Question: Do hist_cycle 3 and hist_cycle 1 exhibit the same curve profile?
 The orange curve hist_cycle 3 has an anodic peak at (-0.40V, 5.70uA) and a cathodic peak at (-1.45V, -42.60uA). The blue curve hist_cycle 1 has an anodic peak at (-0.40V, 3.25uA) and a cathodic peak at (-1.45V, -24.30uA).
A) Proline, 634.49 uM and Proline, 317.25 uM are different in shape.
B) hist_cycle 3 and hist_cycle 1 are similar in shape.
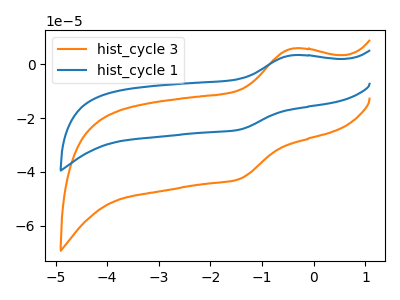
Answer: <think>All the peaks in "hist_cycle 3" have a peak in "hist_cycle 1" at the same potential. Every peak in "hist_cycle 3" is higher than every peak in "hist_cycle 1".
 </think>
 <answer>B) "hist_cycle 3" and "hist_cycle 1" are similar in shape.</answer>
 <eval>B</eval>